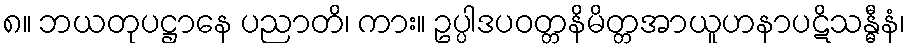
၈။ ဘယတုပဋ္ဌာနေ ပညာတိ၊ ကား။ ဥပ္ပါဒပဝတ္တနိမိတ္တအာယူဟနာပဋိသန္ဓီနံ၊